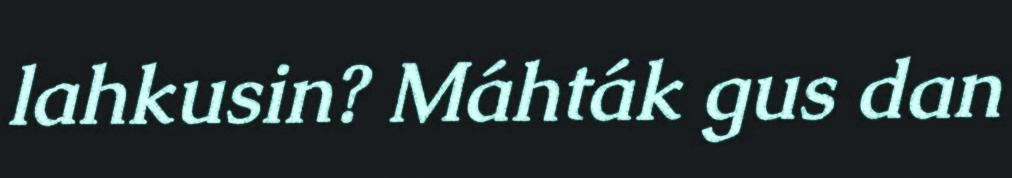
lahkusin? Máhták gus dan